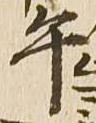
午